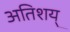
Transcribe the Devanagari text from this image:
अतिशय्